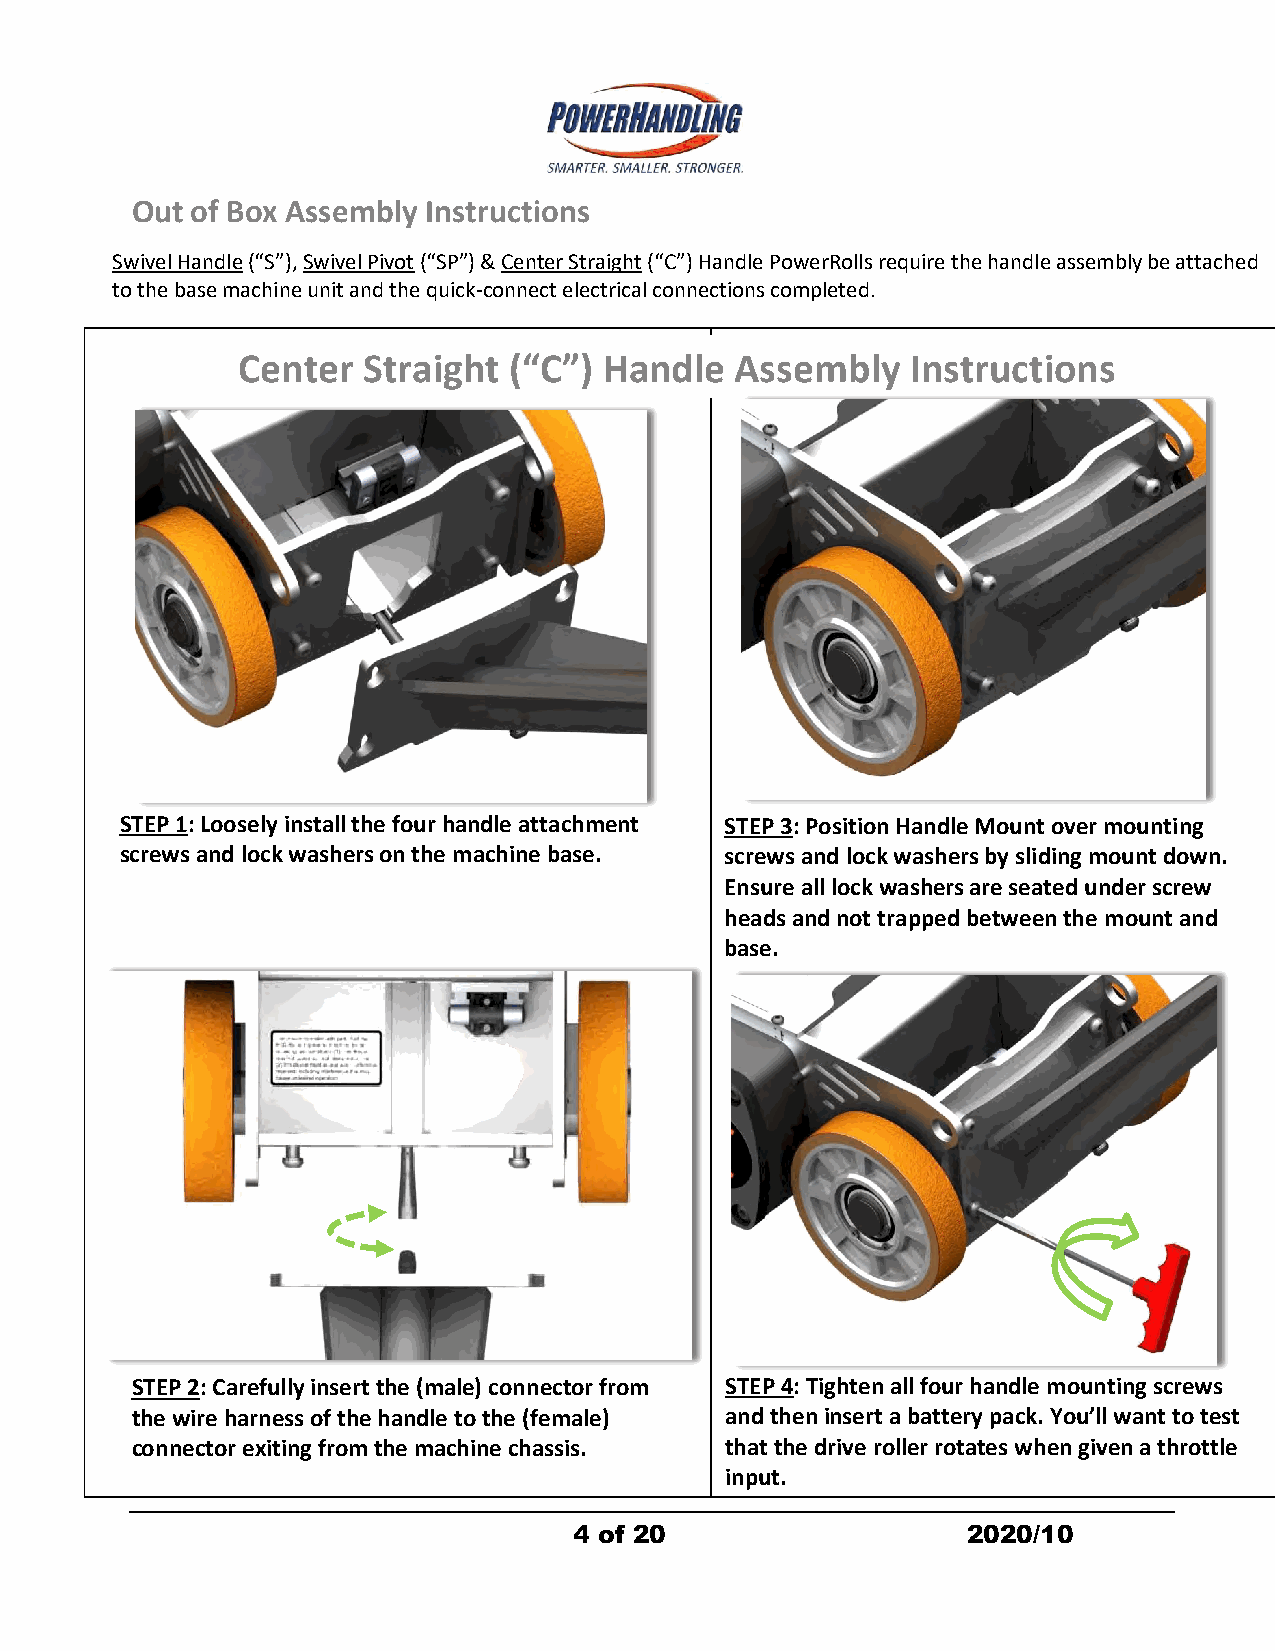
Out of Box Assembly Instructions
 Swivel Handle (“S”),Swivel Pivot (“SP”) &Center Straight (“C”) Handle PowerRolls require the handle assembly be attached
 to the base machine unit and the quick-connect electrical connections completed.
 Center  Straight  (“C”) Handle   Assembly   Instructions
 STEP 1: Loosely install the four handle attachment STEP 3: Position Handle Mount over mounting
 screws and lock washers on the machine base. screws and lock washers by sliding mount down.
 Ensure all lock washers are seated under screw
 heads and not trapped between the mount and
 base.
 STEP 2: Carefully insert the (male) connector from STEP 4: Tighten all four handle mounting screws
 the wire harness of the handle to the (female) andtheninsert abatterypack.You’llwant to test
 connector exiting from the machine chassis. that the drive roller rotates when given a throttle
 input.
 4 of 20                   2020/10